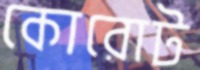
কোরোট